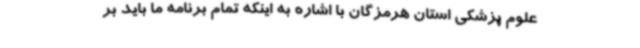
علوم پزشکی استان هرمزگان با اشاره به اینکه تمام برنامه ما باید بر